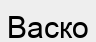
Васко